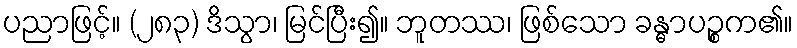
ပညာဖြင့်။ (၂၈၃) ဒိသွာ၊ မြင်ပြီး၍။ ဘူတဿ၊ ဖြစ်သော ခန္ဓာပဉ္စက၏။